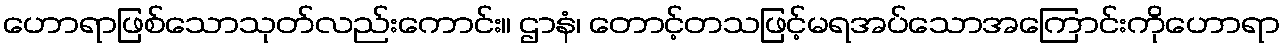
ဟောရာဖြစ်သောသုတ်လည်းကောင်း။ ဌာနံ၊ တောင့်တသဖြင့်မရအပ်သောအကြောင်းကိုဟောရာ